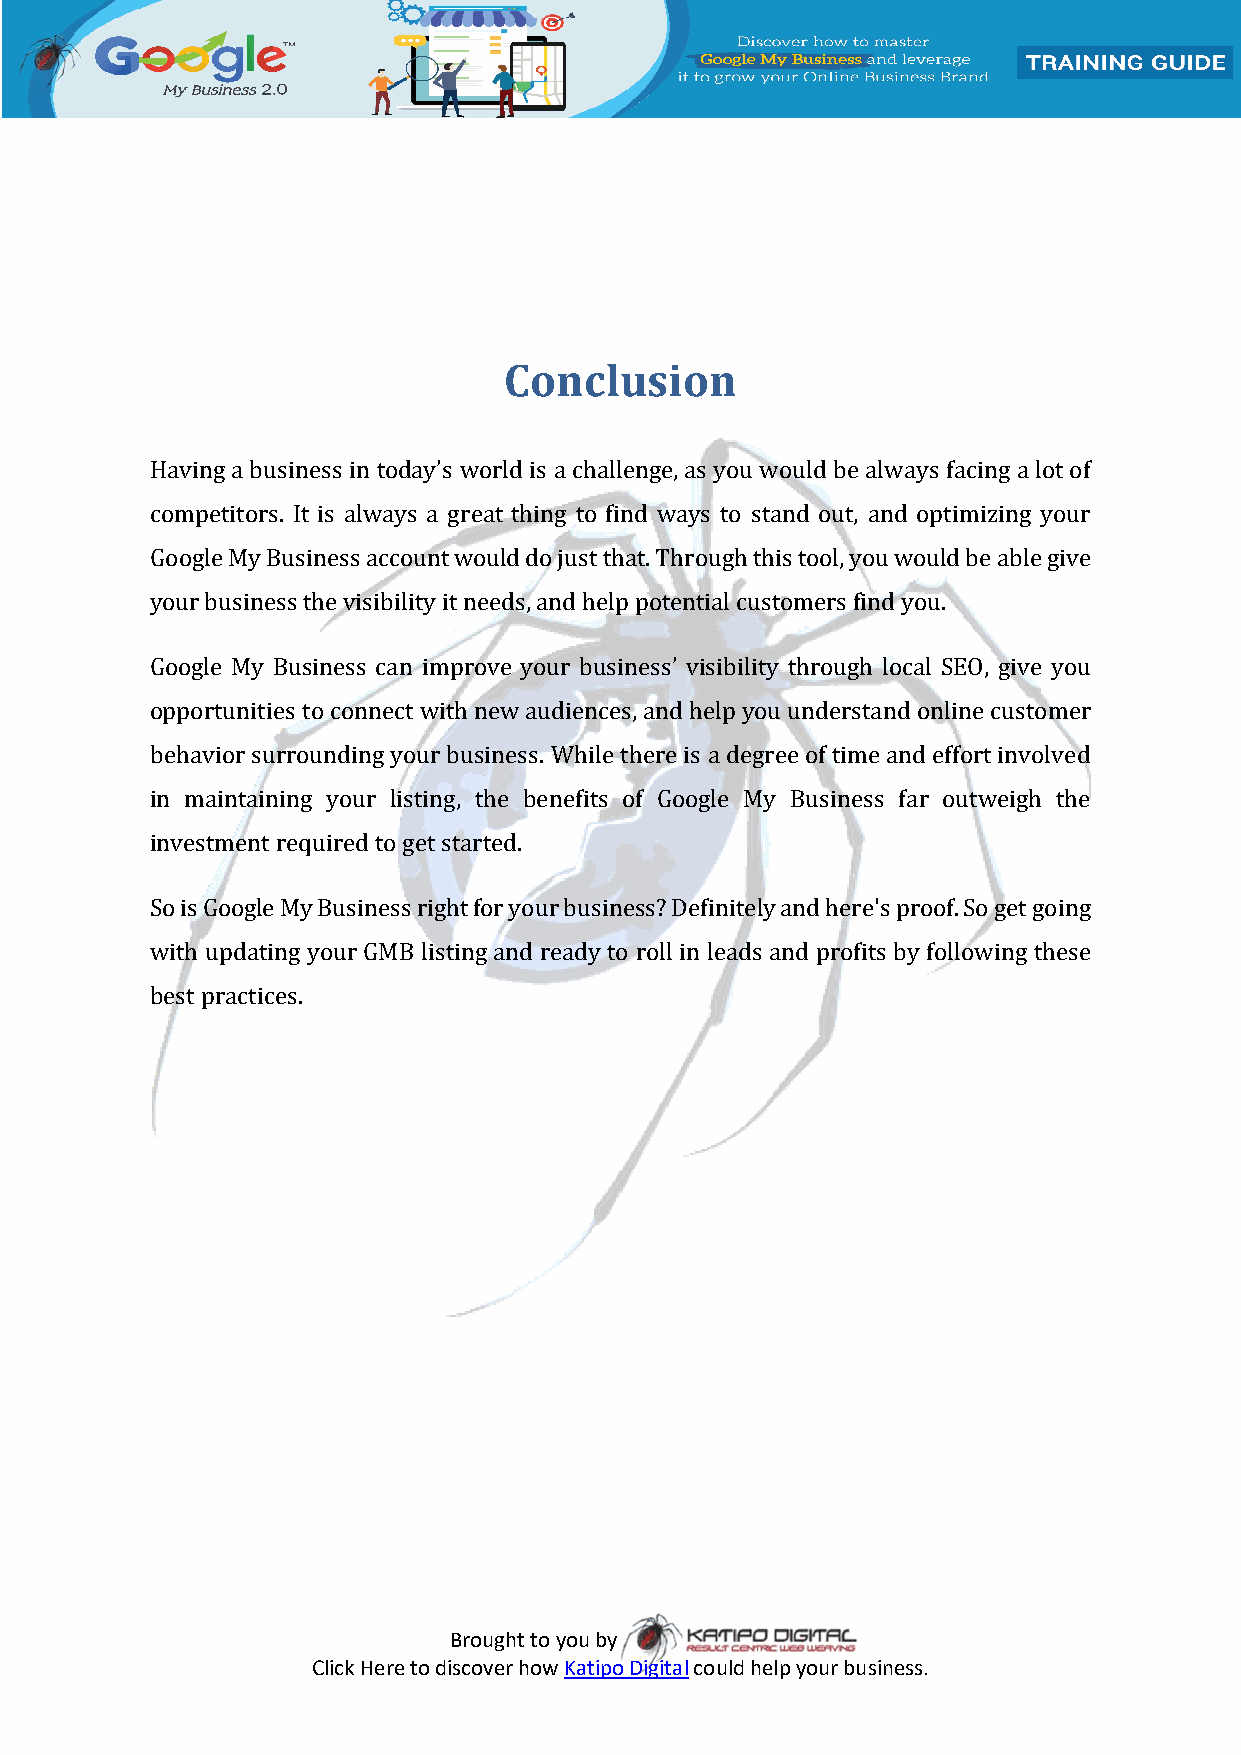
Conclusion
 Having a business in today’s world is a challenge, as you would be always facing a lot of
 competitors. It is always a great thing to find ways to stand out, and optimizing your
 Google My Business account would do just that. Through this tool, you would be able give
 your business the visibility it needs, and help potential customers find you.
 Google My Business can improve your business’ visibility through local SEO, give you
 opportunities to connect with new audiences, and help you understand online customer
 behavior surrounding your business. While there is a degree of time and effort involved
 in maintaining your listing, the benefits of Google My Business far outweigh the
 investment required to get started.
 So is Google My Business right for your business? Definitely and here's proof. So get going
 with updating your GMB listing and ready to roll in leads and profits by following these
 best practices.
 Brought to you by
 Click Here to discover how Katipo Digital could help your business.